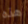
هذه